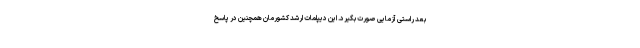
بعد راستی آزمایی صورت بگیرد. این دیپلمات ارشد کشورمان همچنین در پاسخ